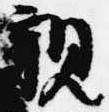
親